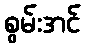
စွမ်းအင်